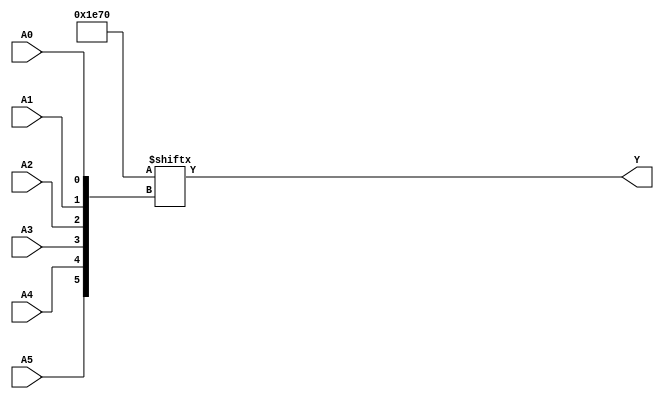
module kmap_6variable (
    input wire A5, A4, A3, A2, A1, A0,
    output wire Y
);

    // K-map implementation
    // The output Y is determined by the K-map values corresponding to the input variables.
    // The K-map is represented as a 64-bit array, where each bit represents the output for a specific combination of inputs.

    // Here, we define the K-map values based on the specific logic you want to implement.
    // For demonstration purposes, we assume a hypothetical K-map configuration.
    // You will need to fill this array according to your specific K-map grouping.

    // Example K-map values (64 bits for combinations of A5, A4, A3, A2, A1, A0)
    reg [63:0] kmap = {
        1'b0, 1'b0, 1'b0, 1'b1,  // A5A4 = 00
        1'b1, 1'b1, 1'b1, 1'b0,  // A5A4 = 01
        1'b0, 1'b1, 1'b1, 1'b1,  // A5A4 = 10
        1'b0, 1'b0, 1'b0, 1'b0   // A5A4 = 11
    };

    // Calculate the K-map index based on the input variables
    wire [5:0] index;
    assign index = {A5, A4, A3, A2, A1, A0}; // Concatenate inputs to form the index

    // Output Y is determined by the value in the K-map at the calculated index
    assign Y = kmap[index];

endmodule